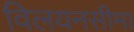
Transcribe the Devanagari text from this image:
विलयनसीमा